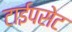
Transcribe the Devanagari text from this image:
टाईपसेट